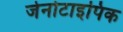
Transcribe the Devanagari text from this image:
जेनोटाइपिक